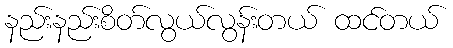
နည်းနည်းစိတ်လွယ်လွန်းတယ် ထင်တယ်